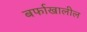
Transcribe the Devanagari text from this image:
बर्फाखालील